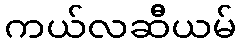
ကယ်လဆီယမ်